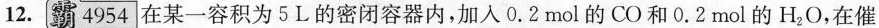
12.霸4954在某一容积为5L的密闭容器内，加入0.2mol的CO和0.2mol的H_{2}O，在催